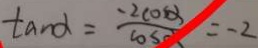
\tan \alpha = \frac { - 2 \cos \alpha } { \cos \alpha } = - 2